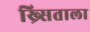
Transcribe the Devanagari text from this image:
ख्र्सिताला